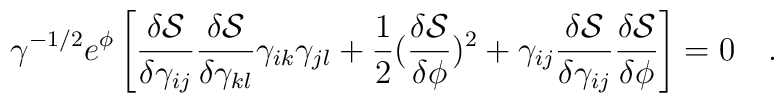
\gamma^{-1/2}e^{\phi} \left[ \frac{\delta \mathcal{S}}{\delta \gamma_{ij}}\frac{\delta \mathcal{S}}{\delta \gamma_{kl}} \gamma_{ik} \gamma_{jl}+\frac{1}{2}(\frac{\delta \mathcal{S}}{\delta \phi})^{2}+\gamma_{ij}\frac{\delta \mathcal{S}}{\delta \gamma_{ij}}\frac{\delta \mathcal{S}}{\delta \phi} \right] =0~~~.